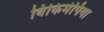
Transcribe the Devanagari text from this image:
विकिमेपिया